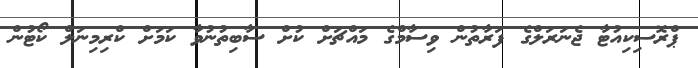
ޕްރޮސިކިއުޓާ ޖެނަރަލްގެ ފަރާތުން ވިސާމްގެ މައްޗަށް ކުށް ސާބިތުނުވާ ކަމަށް ކްރިމިނަލް ކޯޓުން